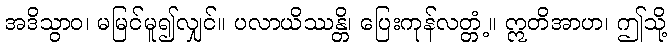
အဒိသွာဝ၊ မမြင်မူ၍လျှင်။ ပလာယိဿန္တိ၊ ပြေးကုန်လတ္တံ့။ ဣတိအာဟ၊ ဤသို့